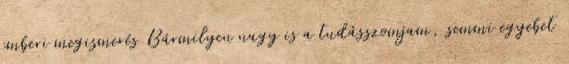
emberi megismerés Bármilyen nagy is a tudásszomjam, semmi egyebet